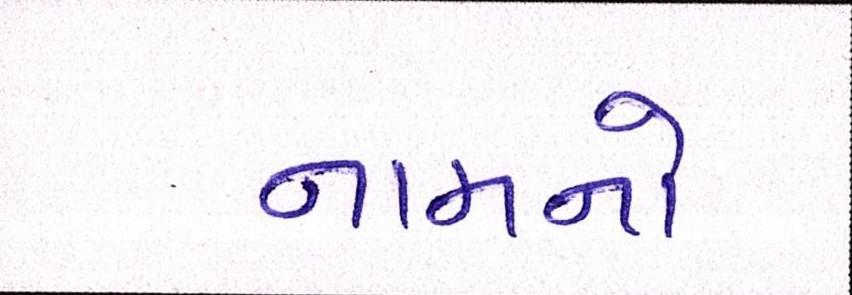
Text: નામનો